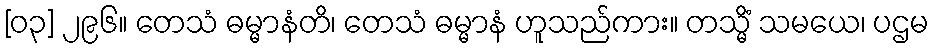
[၀၃] ၂၉၆။ တေသံ ဓမ္မာနံတိ၊ တေသံ ဓမ္မာနံ ဟူသည်ကား။ တသ္မိံ သမယေ၊ ပဌမ